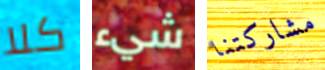
كلا شيء مشاركتنا